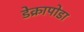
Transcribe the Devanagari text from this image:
डेक्रापोडा